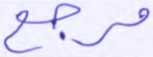
مرجع